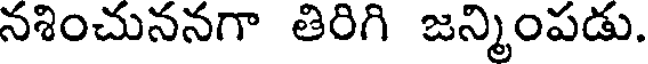
నశించుననగా తిరిగి జన్మింపడు.